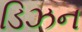
ડિઝન